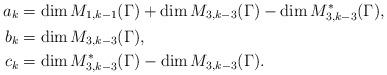
LaTeX: \begin{align*} a_k&=\dim M_{1,k-1}(\Gamma)+\dim M_{3,k-3}(\Gamma)-\dim M^*_{3,k-3}(\Gamma),\\ b_k&=\dim M_{3,k-3}(\Gamma),\\ c_k&=\dim M^*_{3,k-3}(\Gamma)-\dim M_{3,k-3}(\Gamma). \end{align*}